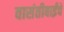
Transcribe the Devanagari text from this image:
वासंतीबाईंचे